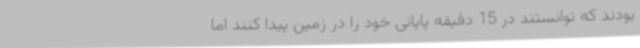
بودند که توانستند در 15 دقیقه پایانی خود را در زمین پیدا کنند اما